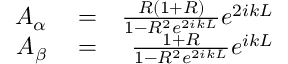
\begin{array} { r l r } { A _ { \alpha } } & { { } = } & { \frac { { \cal R } ( 1 + { \cal R } ) } { 1 - { \cal R } ^ { 2 } e ^ { 2 i k L } } e ^ { 2 i k L } } \\ { A _ { \beta } } & { { } = } & { \frac { 1 + { \cal R } } { 1 - { \cal R } ^ { 2 } e ^ { 2 i k L } } e ^ { i k L } } \end{array}